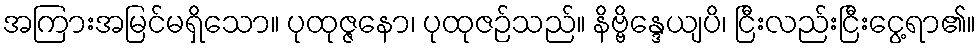
အကြားအမြင်မရှိသော။ ပုထုဇ္ဇနော၊ ပုထုဇဉ်သည်။ နိဗ္ဗိန္ဒေယျပိ၊ ငြီးလည်းငြီးငွေ့ရာ၏။